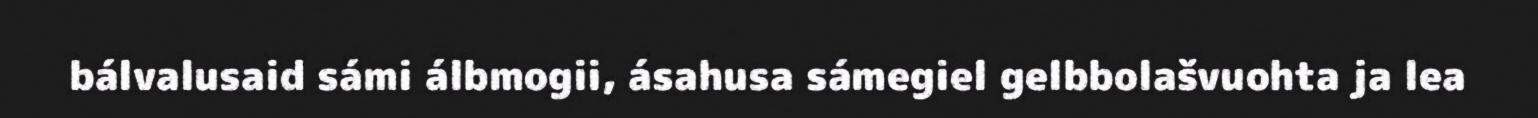
bálvalusaid sámi álbmogii, ásahusa sámegiel gelbbolašvuohta ja lea